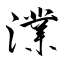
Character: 澲